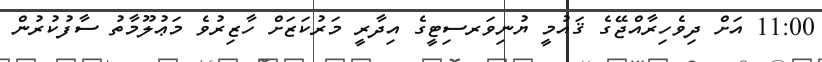
11:00 އަށް ދިވެހިރާއްޖޭގެ ޤައުމީ ޔުނިވަރސިޓީގެ އިދާރީ މަރުކަޒަށް ހާޒިރުވެ މަޢުލޫމާތު ސާފުކުރުން